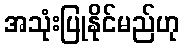
အသုံးပြုနိုင်မည်ဟု